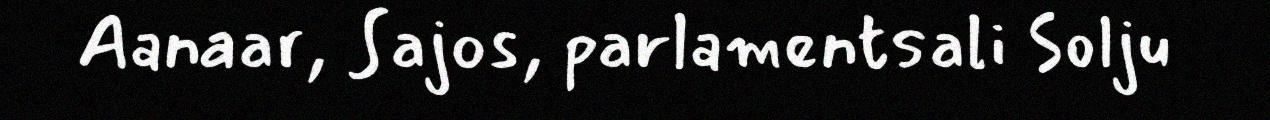
Aanaar, Sajos, parlamentsali Solju